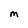
Character: M